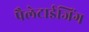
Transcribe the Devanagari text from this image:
पैलेटाईजिंग